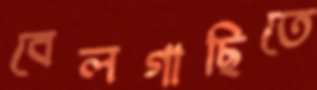
বেলগাছিতে